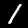
Digit: 1